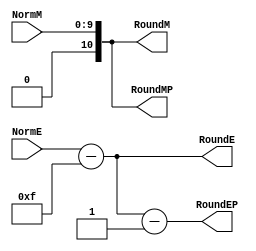
`define BFLOAT16 
`define EXPONENT 8
`define MANTISSA 7
`define EXPONENT 5
`define MANTISSA 10
`define SIGN 1
`define DWIDTH (`SIGN+`EXPONENT+`MANTISSA)

module FPMult_NormalizeModule(
		NormM,
		NormE,
		RoundE,
		RoundEP,
		RoundM,
		RoundMP
    );

	// Input Ports
	input [`MANTISSA-1:0] NormM ;									// Normalized mantissa
	input [`EXPONENT:0] NormE ;									// Normalized exponent

	// Output Ports
	output [`EXPONENT:0] RoundE ;
	output [`EXPONENT:0] RoundEP ;
	output [`MANTISSA:0] RoundM ;
	output [`MANTISSA:0] RoundMP ; 
	
// EXPONENT = 5 
// EXPONENT -1 = 4
// NEED to subtract 2^4 -1 = 15

wire [`EXPONENT-1 : 0] bias;

assign bias =  ((1<< (`EXPONENT -1)) -1);

	assign RoundE = NormE - bias ;
	assign RoundEP = NormE - bias -1 ;
	assign RoundM = NormM ;
	assign RoundMP = NormM ;

endmodule